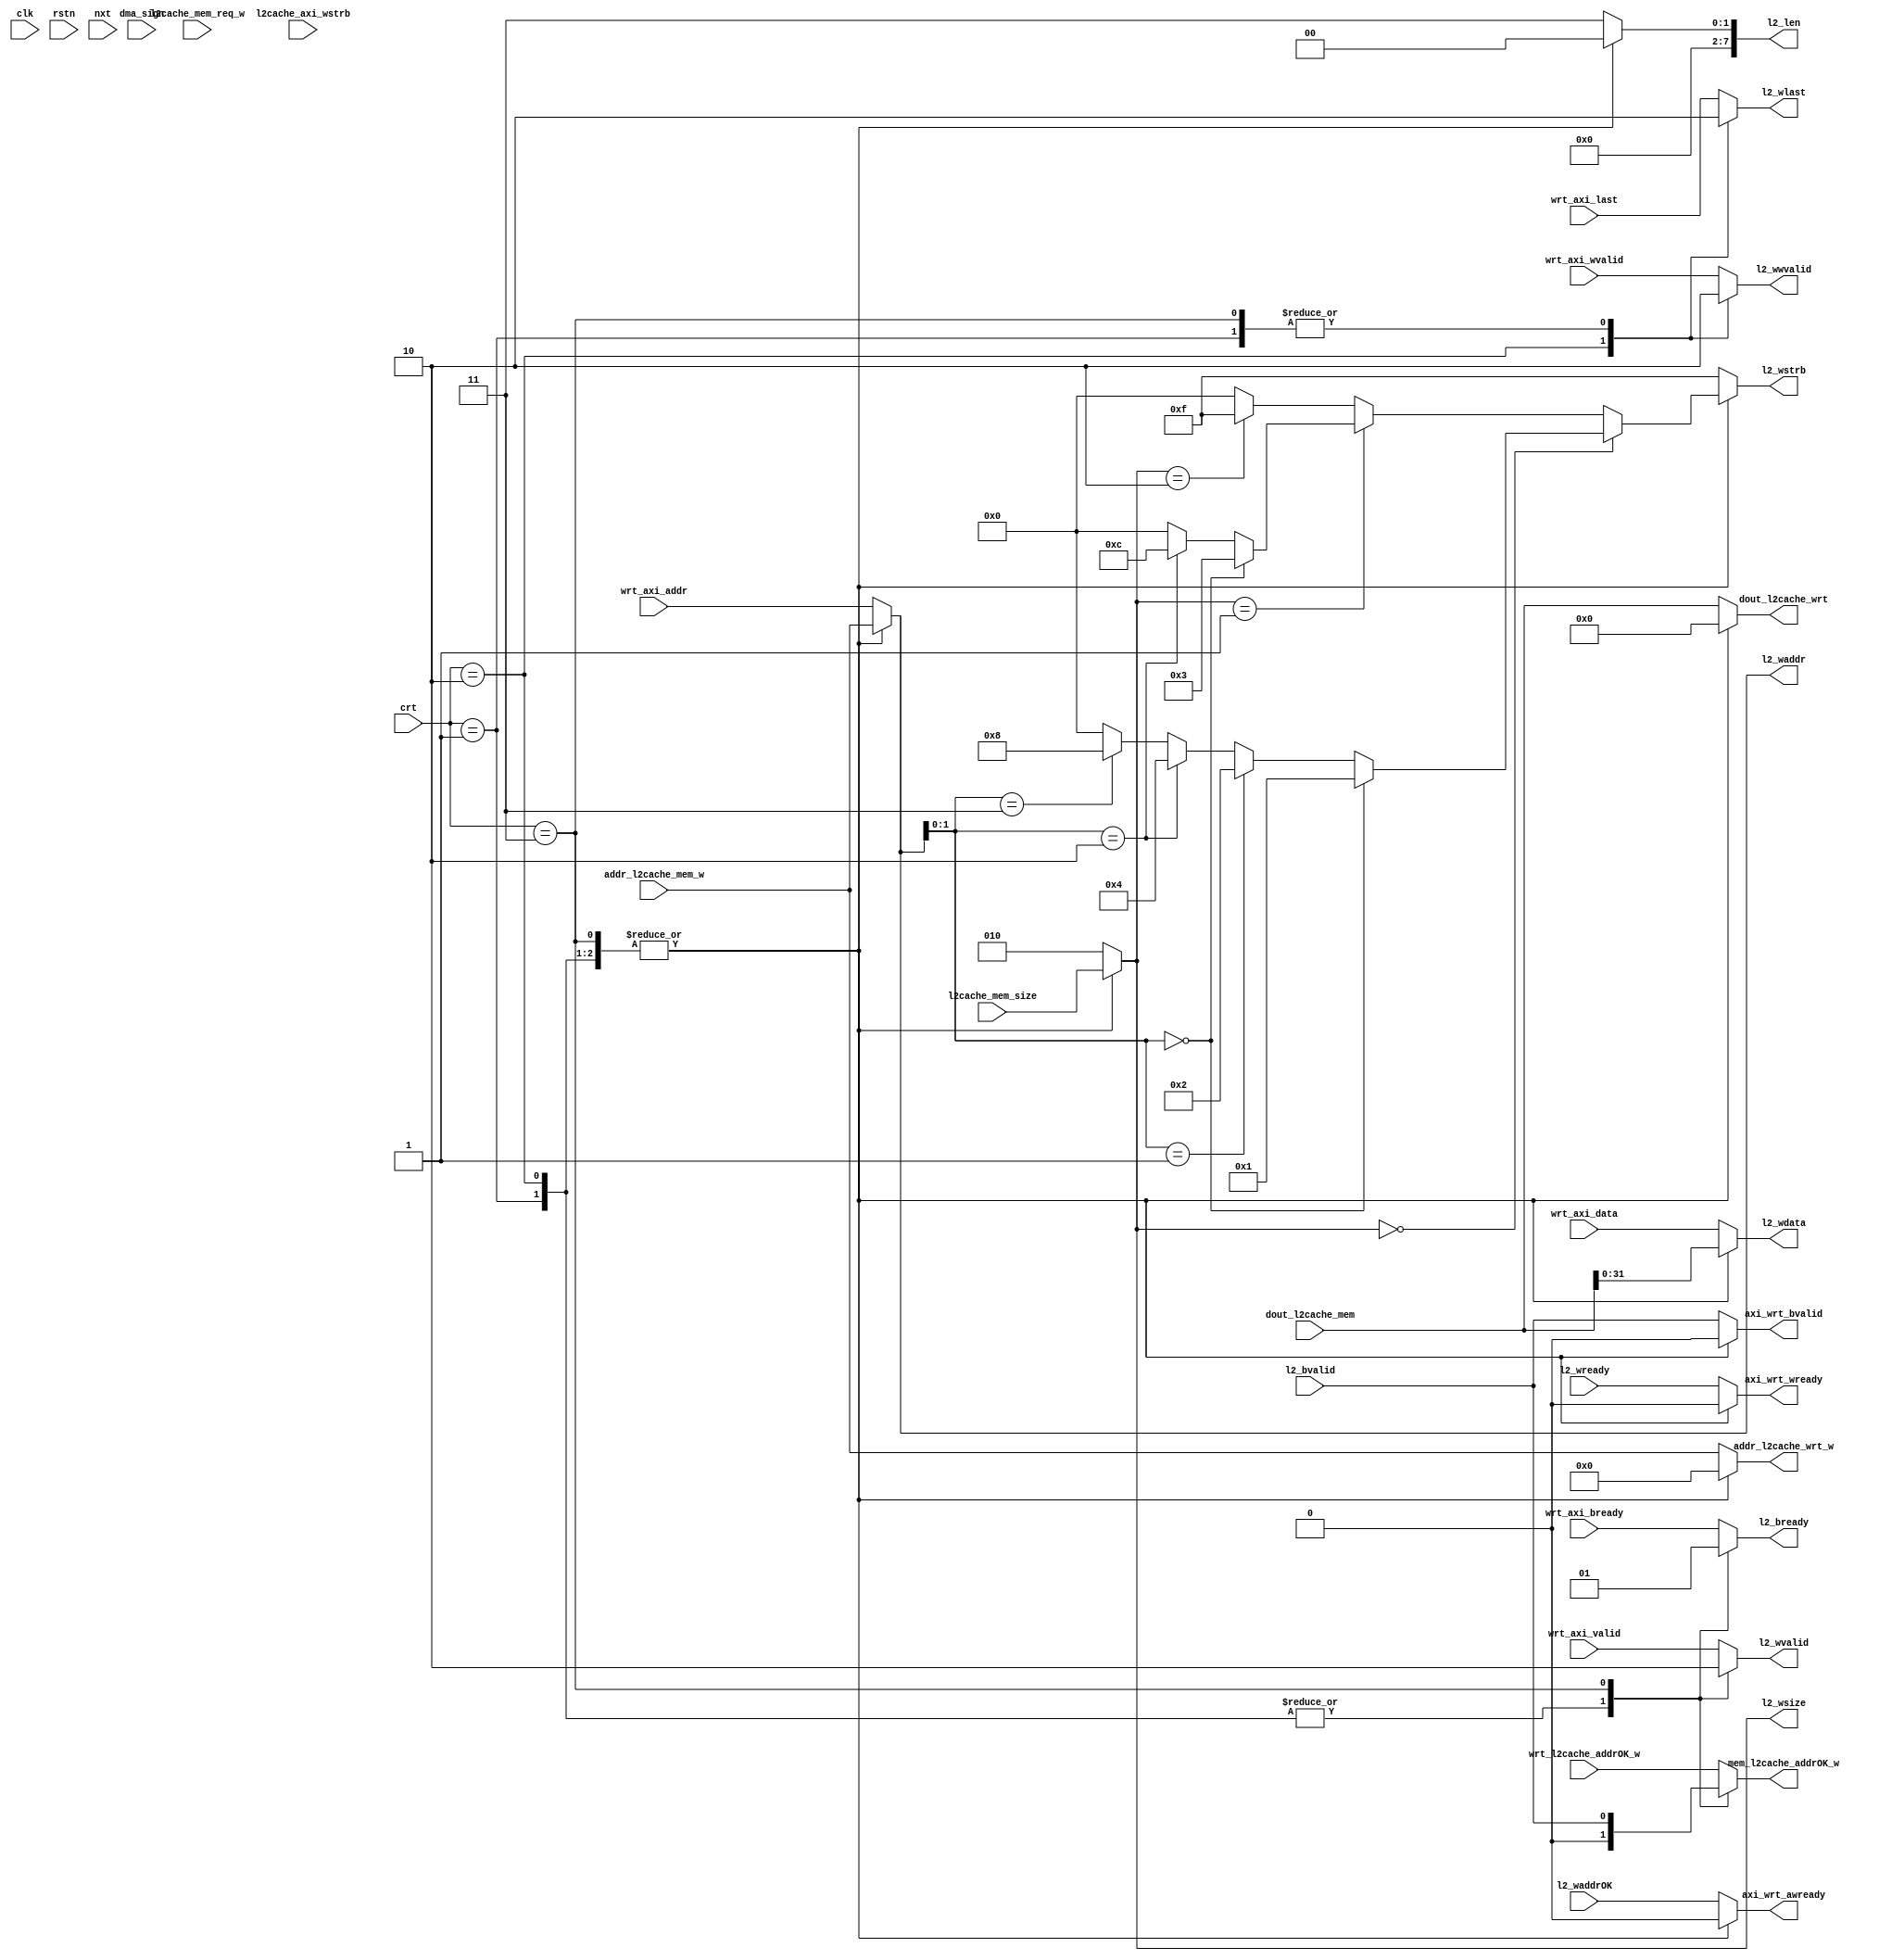
module write_arbiter#(
    parameter   offset_width=2
)(
    input    clk,
    input    rstn,
    //l2cache_in
    input    [31:0] addr_l2cache_mem_w,
    input    [(1<<offset_width)*32-1:0]dout_l2cache_mem,
    input    l2cache_mem_req_w,
    output   reg  mem_l2cache_addrOK_w,
    input    [2:0] l2cache_mem_size,
    //l2cache_out
    output   reg  [3:0]l2_wstrb,
    output   reg  [7:0]l2_len,
    output   reg  [2:0]l2_wsize,

    output   reg  [31:0] l2_waddr,
    output   reg  [31:0] l2_wdata,
    output   reg  l2_wvalid,
    output   reg  l2_wwvalid,
    input    l2_waddrOK,
    input    l2_wready,
    output   reg  l2_wlast,
    input    l2_bvalid,
    output   reg  l2_bready,
    //wrt_in
    output   reg  [31:0] addr_l2cache_wrt_w,
    output   reg  [(1<<offset_width)*32-1:0]dout_l2cache_wrt,
    input    wrt_l2cache_addrOK_w,
    //wrt_out
    input    [31:0] wrt_axi_addr,
    input    [31:0] wrt_axi_data,
    input    wrt_axi_valid,
    input    wrt_axi_wvalid,
    output   reg axi_wrt_awready,
    output   reg axi_wrt_wready,
    input    wrt_axi_last,
    output   reg axi_wrt_bvalid,
    input    wrt_axi_bready,
    //
    input    [3:0]l2cache_axi_wstrb,
    input    dma_sign,
    //state_machine
    input    [4:0]crt,
    input    [4:0]nxt
);

    localparam IDLE = 5'd0,DMA_AW=5'd1 , DMA_W=5'd2 , DMA_R=5'd3;

    reg [31:0]l2_wdata_;
    reg [3:0] l2_wstrb_;
    always @(*) begin
        l2_wdata_=dout_l2cache_mem[31:0];
        l2_wstrb_=0;
        if(l2_wsize==3'b0) begin
            if(l2_waddr[1:0]==2'b00) begin
                l2_wstrb_=4'b0001;
            end
            else if(l2_waddr[1:0]==2'b01) begin
                l2_wstrb_=4'b0010;
            end
            else if(l2_waddr[1:0]==2'b10)begin
                l2_wstrb_=4'b0100;
            end
            else if(l2_waddr[1:0]==2'b11)begin
                l2_wstrb_=4'b1000;
            end
            else ;
        end
        else if(l2_wsize==3'b1) begin
            if(l2_waddr[1:0]==2'b00) begin
                l2_wstrb_=4'b0011;
            end
            else if(l2_waddr[1:0]==2'b10)begin
                l2_wstrb_=4'b1100;
            end
        end
        else if(l2_wsize==3'b10) begin
            l2_wstrb_=4'b1111;
        end
        else ;
    end

    always @(*) begin
        mem_l2cache_addrOK_w=0;

        l2_wstrb=0;
        l2_len=0;
        l2_wsize=0;
        l2_waddr=0;
        l2_wdata=0;
        l2_wvalid=0;
        l2_wwvalid=0;
        l2_wlast=0;
        l2_bready=0;

        addr_l2cache_wrt_w=0;
        dout_l2cache_wrt=0;

        axi_wrt_awready=0;
        axi_wrt_wready=0;
        axi_wrt_bvalid=0;
        case (crt)
            IDLE: begin
                mem_l2cache_addrOK_w=wrt_l2cache_addrOK_w;
                addr_l2cache_wrt_w=addr_l2cache_mem_w;
                dout_l2cache_wrt=dout_l2cache_mem;

                l2_len=(1<<offset_width)-1;
                l2_wstrb=4'hF;
                l2_wsize=3'd2;

                l2_waddr=wrt_axi_addr;
                l2_wdata=wrt_axi_data;
                l2_wvalid=wrt_axi_valid;
                l2_wwvalid=wrt_axi_wvalid;
                l2_wlast=wrt_axi_last;
                l2_bready=wrt_axi_bready;

                axi_wrt_awready=l2_waddrOK;
                axi_wrt_wready=l2_wready;
                axi_wrt_bvalid=l2_bvalid;
            end
            DMA_AW: begin
                // l2_wstrb=l2cache_axi_wstrb;
                l2_wstrb=l2_wstrb_;
                l2_waddr=addr_l2cache_mem_w;
                l2_wdata=l2_wdata_;

                l2_len=8'd0;
                l2_wsize=l2cache_mem_size;

                l2_wvalid=1;
            end
            DMA_W: begin
                // l2_wstrb=l2cache_axi_wstrb;
                l2_wstrb=l2_wstrb_;
                l2_waddr=addr_l2cache_mem_w;
                l2_wdata=l2_wdata_;

                l2_len=8'd0;
                l2_wsize=l2cache_mem_size;

                l2_wvalid=1;
                l2_wwvalid=1;
                l2_wlast=1;
            end
            DMA_R: begin
                mem_l2cache_addrOK_w=l2_bvalid;
                // l2_wstrb=l2cache_axi_wstrb;
                l2_wstrb=l2_wstrb_;
                l2_waddr=addr_l2cache_mem_w;
                l2_wdata=l2_wdata_;

                l2_len=8'd0;
                l2_wsize=l2cache_mem_size;
                l2_bready=1;

                // //for (wrtl2)
                // mem_l2cache_addrOK_w=wrt_l2cache_addrOK_w;
                // addr_l2cache_wrt_w=addr_l2cache_mem_w;
                // dout_l2cache_wrt=dout_l2cache_mem;
            end
            default: begin  //WRT_W
                mem_l2cache_addrOK_w=wrt_l2cache_addrOK_w;

                l2_len=(1<<offset_width)-1;
                l2_wstrb=4'hF;
                l2_wsize=3'd2;

                addr_l2cache_wrt_w=addr_l2cache_mem_w;
                dout_l2cache_wrt=dout_l2cache_mem;

                l2_waddr=wrt_axi_addr;
                l2_wdata=wrt_axi_data;
                l2_wvalid=wrt_axi_valid;
                l2_wwvalid=wrt_axi_wvalid;
                l2_wlast=wrt_axi_last;
                l2_bready=wrt_axi_bready;

                axi_wrt_awready=l2_waddrOK;
                axi_wrt_wready=l2_wready;
                axi_wrt_bvalid=l2_bvalid;
            end
        endcase
    end
endmodule